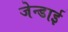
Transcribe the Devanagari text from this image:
जेन्‍डाई